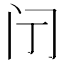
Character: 𮤫